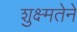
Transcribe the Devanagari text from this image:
शुक्ष्मतेने